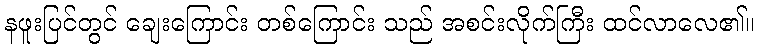
နဖူးပြင်တွင် ချေးကြောင်း တစ်ကြောင်း သည် အစင်းလိုက်ကြီး ထင်လာလေ၏။